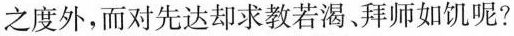
之度外，而对先达却求教若渴、拜师如饥呢?